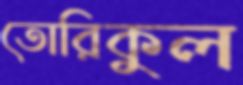
তোরিকুল